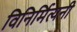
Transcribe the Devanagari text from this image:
विनिर्मित्यनी